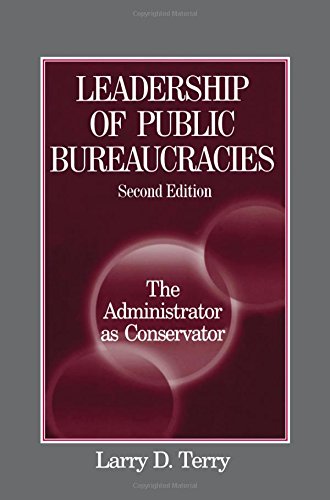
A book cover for Leadership of Public Bureaucracies: The Administrator as Conservator; Larry D. Terry; Health, Fitness & Dieting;